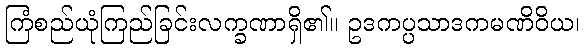
ကြံစည်ယုံကြည်ခြင်းလက္ခဏာရှိ၏။ ဥဒကပ္ပသာဒကမဏိဝိယ၊